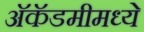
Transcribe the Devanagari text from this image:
अॅकॅडमीमध्ये